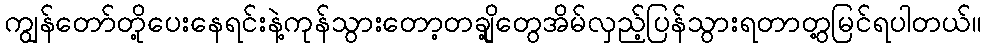
ကျွန်တော်တို့ပေးနေရင်းနဲ့ကုန်သွားတော့တချို့တွေအိမ်လှည့်ပြန်သွားရတာတွ့မြင်ရပါတယ်။